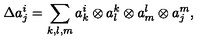
\Delta a _ { j } ^ { i } = \sum _ { k , l , m } a _ { k } ^ { i } \otimes a _ { l } ^ { k } \otimes a _ { m } ^ { l } \otimes a _ { j } ^ { m } ,